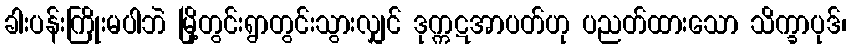
ခါးပန်းကြိုးမပါဘဲ မြို့တွင်းရွာတွင်းသွားလျှင် ဒုက္ကဋအာပတ်ဟု ပညတ်ထားသော သိက္ခာပုဒ်၊